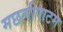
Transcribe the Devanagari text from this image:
मछलीपाटम